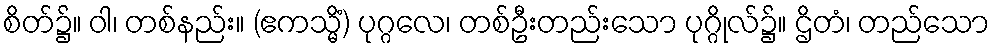
စိတ်၌။ ဝါ၊ တစ်နည်း။ (ဧကသ္မိံ) ပုဂ္ဂလေ၊ တစ်ဦးတည်းသော ပုဂ္ဂိုလ်၌။ ဌိတံ၊ တည်သော